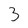
Character: 3